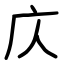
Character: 庂